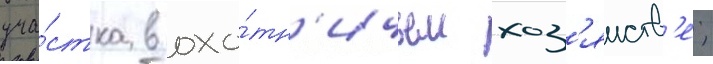
уча́стка в охо́тн'ичьем хоз'яиств'е;